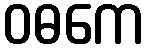
ဝဓကေ